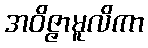
အဝိဇ္ဇာမူလိကာ